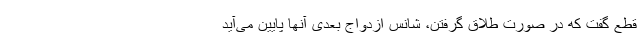
قطع گفت که در صورت طلاق گرفتن، شانس ازدواج بعدی آنها پایین می‌آید